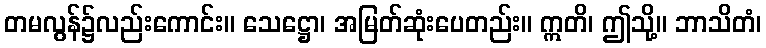
တမလွန်၌လည်းကောင်း။ သေဋ္ဌော၊ အမြတ်ဆုံးပေတည်း။ ဣတိ၊ ဤသို့။ ဘာသိတံ၊